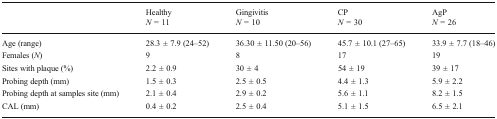
<table><thead><tr><td></td><td><b>Healthy<i>N</i> = 11</b></td><td><b>Gingivitis<i>N</i> = 10</b></td><td><b>CP<i>N</i> = 30</b></td><td><b>AgP<i>N</i> = 26</b></td></tr></thead><tbody><tr><td>Age (range)</td><td>28.3 ± 7.9 (24–52)</td><td>36.30 ± 11.50 (20–56)</td><td>45.7 ± 10.1 (27–65)</td><td>33.9 ± 7.7 (18–46)</td></tr><tr><td>Females (<i>N</i>)</td><td>9</td><td>8</td><td>17</td><td>19</td></tr><tr><td>Sites with plaque (%)</td><td>2.2 ± 0.9</td><td>30 ± 4</td><td>54 ± 19</td><td>39 ± 17</td></tr><tr><td>Probing depth (mm)</td><td>1.5 ± 0.3</td><td>2.5 ± 0.5</td><td>4.4 ± 1.3</td><td>5.9 ± 2.2</td></tr><tr><td>Probing depth at samples site (mm)</td><td>2.1 ± 0.4</td><td>2.9 ± 0.2</td><td>5.6 ± 1.1</td><td>8.2 ± 1.5</td></tr><tr><td>CAL (mm)</td><td>0.4 ± 0.2</td><td>2.5 ± 0.4</td><td>5.1 ± 1.5</td><td>6.5 ± 2.1</td></tr></tbody></table>